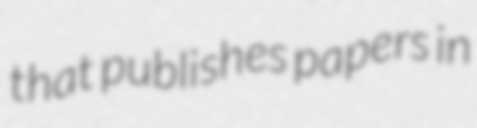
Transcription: that publishes papers in